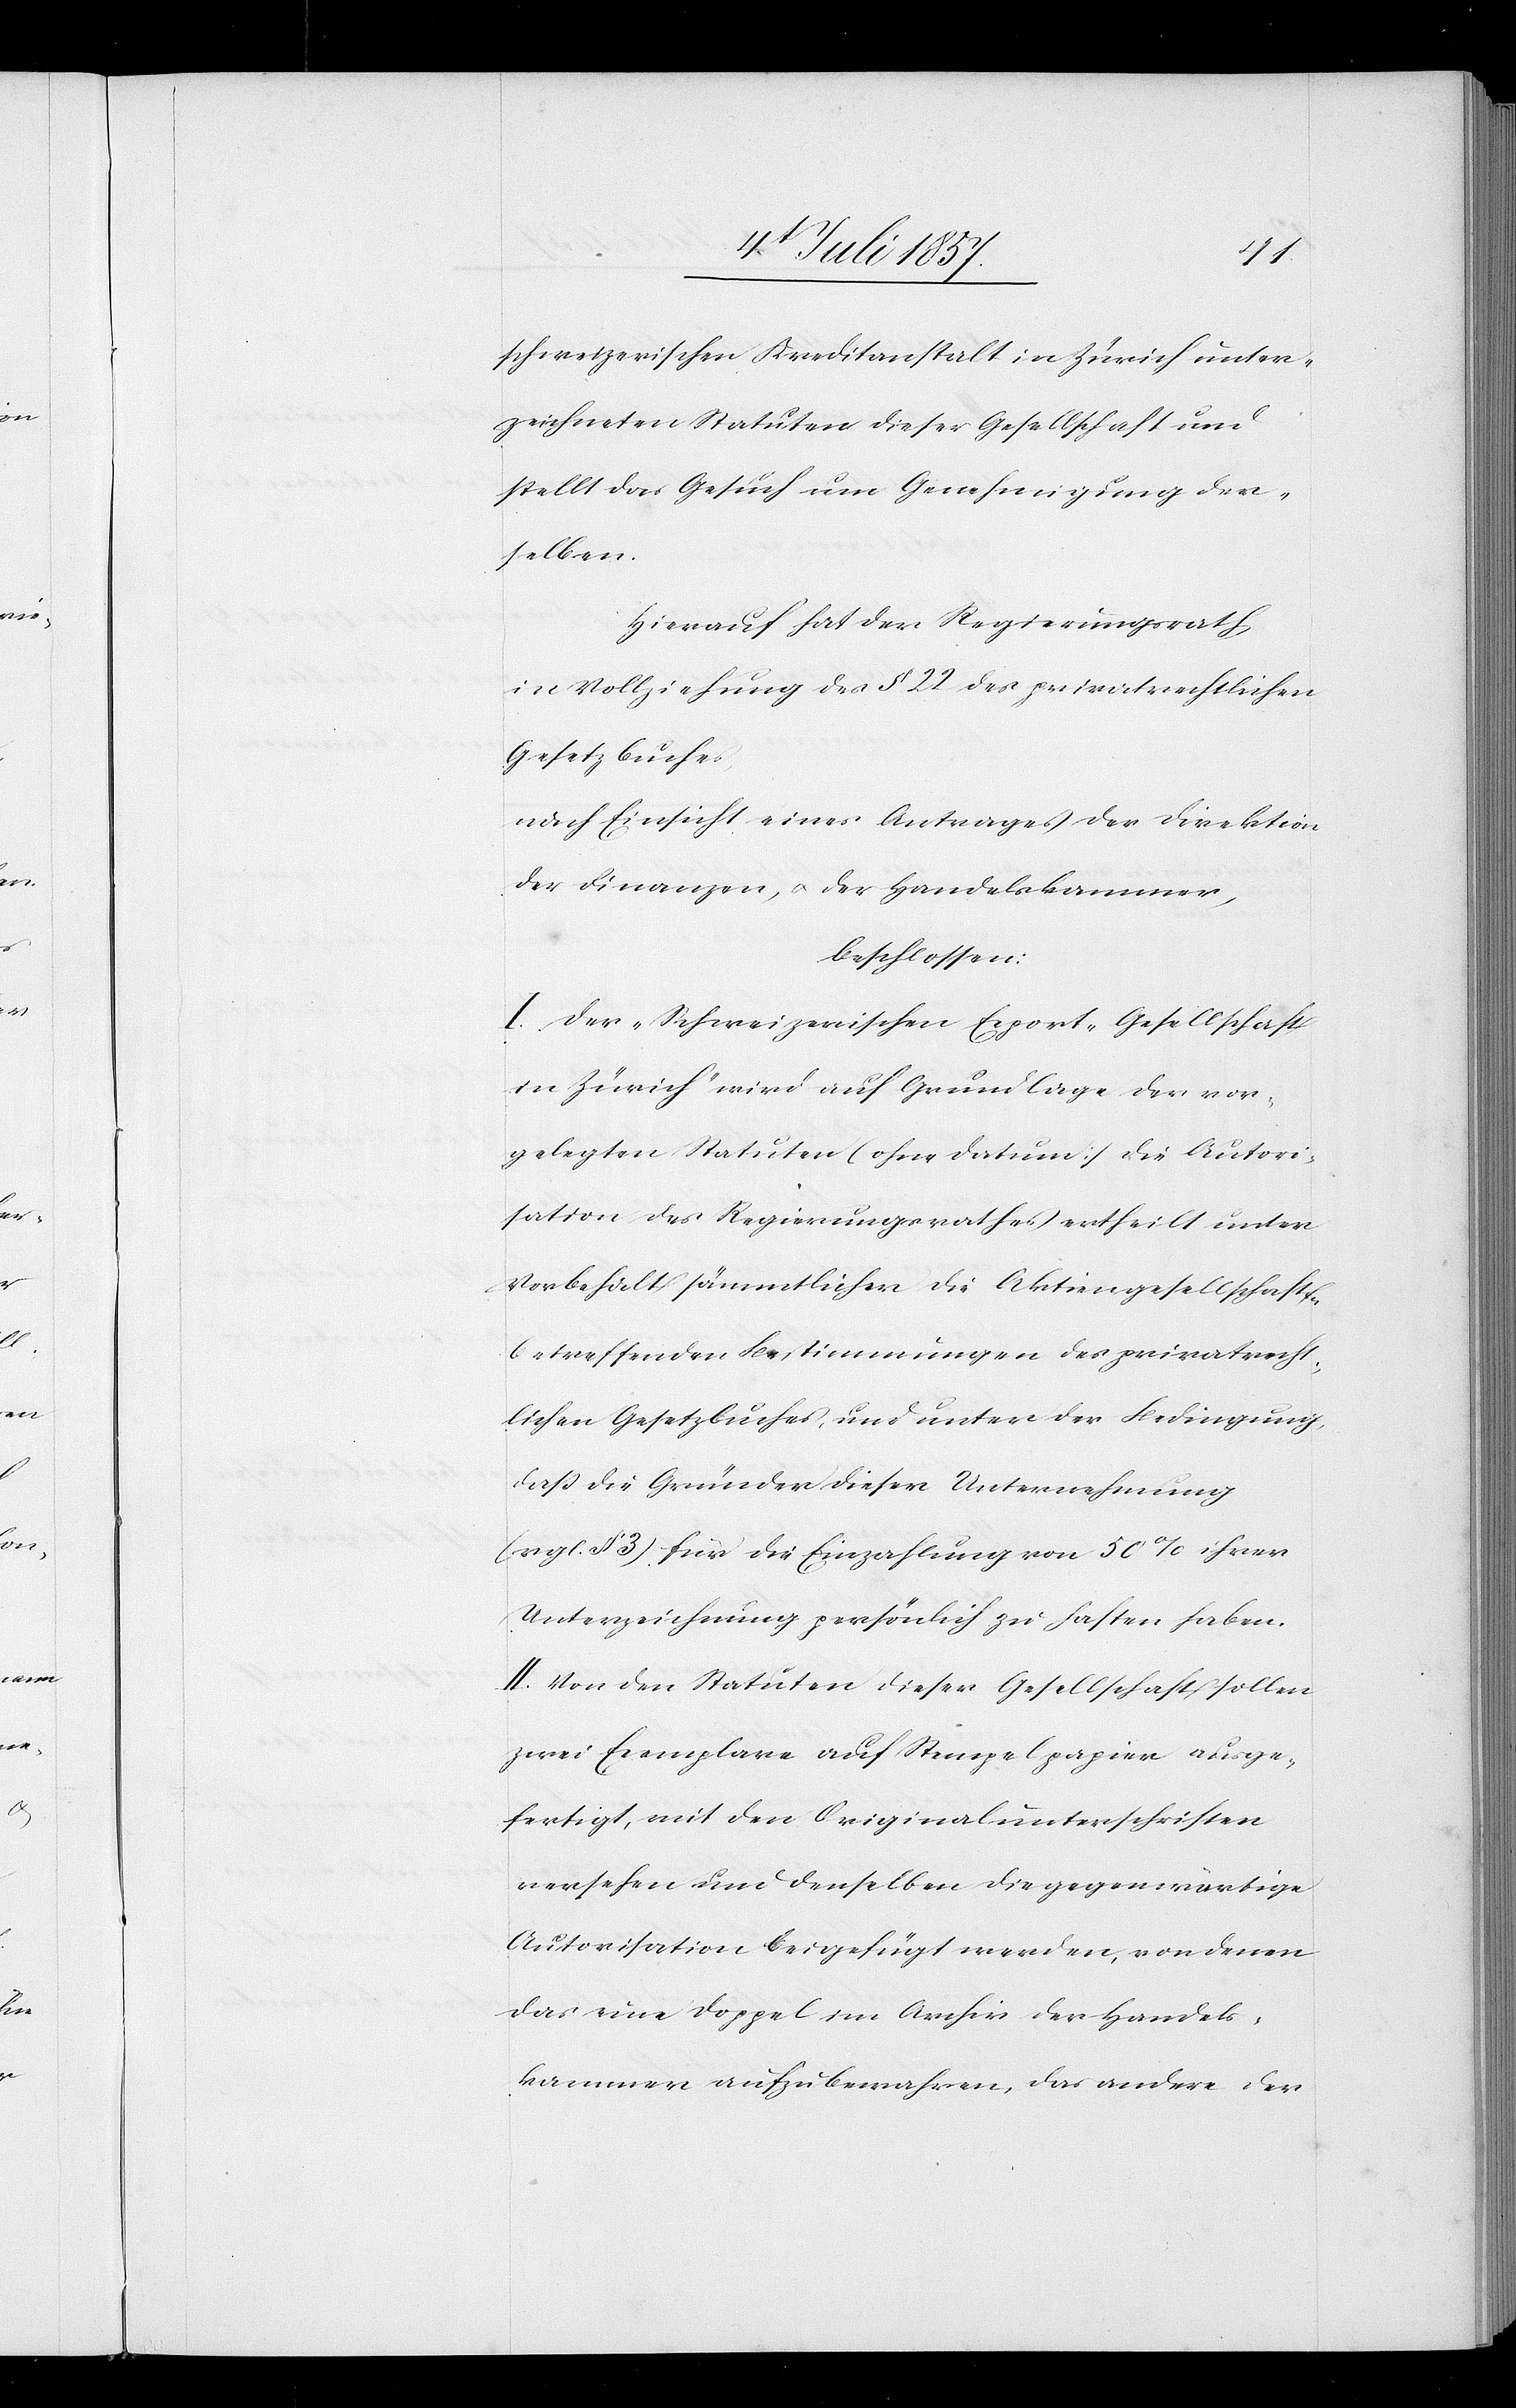
schweizerischen Kreditanstalt in Zürich unter¬
zeichneten Statuten dieser Gesellschaft und
stellt das Gesuch um Genehmigung der¬
selben.
Hierauf hat der Regierungsrath,
in Vollziehung des § 22 des privatrechtlichen
Gesetzbuches,
nach Einsicht eines Antrages der Direktion
der Finanzen, & der Handelskammer,
beschlossen:
I. Der „Schweizerischen Export-Gesellschaft
in Zürich“ wird auf Grundlage der vor¬
gelegten Statuten (ohne Datum) die Autori¬
sation des Regierungsrathes ertheilt unter
Vorbehalt sämmtlicher die Aktiengesellschaften
betreffenden Bestimmungen des privatrecht¬
lichen Gesetzbuches, und unter der Bedingung,
daß die Gründer dieser Unternehmung
(vrgl. § 3) für die Einzahlung von 50% ihrer
Unterzeichnung persönlich zu haften haben.
II. Von den Statuten dieser Gesellschaft sollen
zwei Exemplare auf Stempelpapier ausge¬
fertigt, mit den Originalunterschriften
versehen und denselben die gegenwärtige
Autorisation beigefügt werden, von denen
das eine Doppel im Archiv der Handels¬
kammer aufzubewahren, das andere der